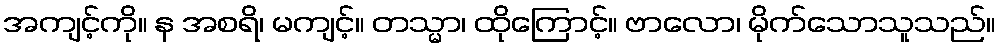
အကျင့်ကို။ န အစရိ၊ မကျင့်။ တသ္မာ၊ ထိုကြောင့်။ ဗာလော၊ မိုက်သောသူသည်။